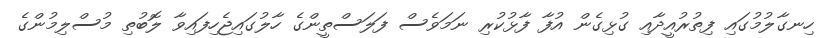
ހިނގާލުމުގައި ފިތުރުއީދާއި ގުޅިގެން އުފާ ފާޅުކުރި ނަމަވެސް ފަލަސްތީންގެ ހާލުގައިޖެހިފައިވާ ލޮބުތި މުސްލިމުންގެ